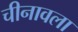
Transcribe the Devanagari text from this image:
चीनावला